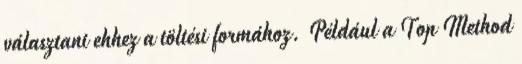
választani ehhez a töltési formához. Például a Top Method